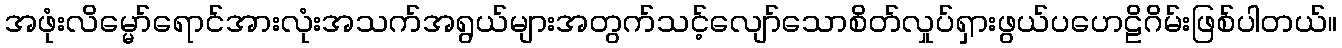
အဖုံးလိမ္မော်ရောင်အားလုံးအသက်အရွယ်များအတွက်သင့်လျော်သောစိတ်လှုပ်ရှားဖွယ်ပဟေဠိဂိမ်းဖြစ်ပါတယ်။